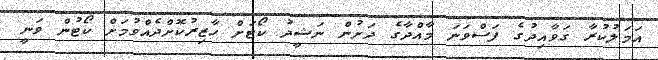
އަމަލުކުރާ ގަވާއިދުގެ ފަސްވަނަ މާއްދާގެ ދަށުން ނަޝީދު ކޯޓަށް ހާޒިރުކޮށްދެއްވުމަށް ކޯޓުން ވަނީ